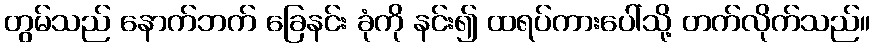
တွမ်သည် နောက်ဘက် ခြေနင်း ခုံကို နင်း၍ ထရပ်ကားပေါ်သို့ တက်လိုက်သည်။